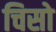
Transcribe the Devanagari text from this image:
चिसो